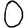
Digit: 0